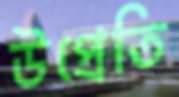
উপ্রেতি